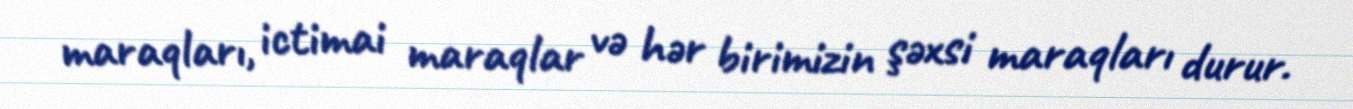
maraqları, ictimai maraqlar və hər birimizin şəxsi maraqları durur.